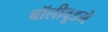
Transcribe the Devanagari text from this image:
बॉलीवूडमे